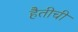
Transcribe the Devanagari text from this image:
हैतीची